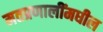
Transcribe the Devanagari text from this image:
मतप्रणालींमधील